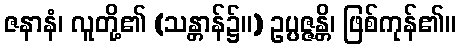
ဇနာနံ၊ လူတို့၏ (သန္တာန်၌။) ဥပ္ပဇ္ဇန္တိ၊ ဖြစ်ကုန်၏။